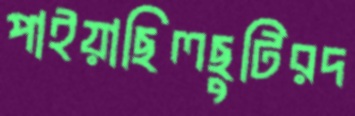
পাইয়াছিলছুটিরদ